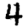
Digit: 4